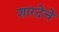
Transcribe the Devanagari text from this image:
शारदेचे